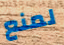
لمنع